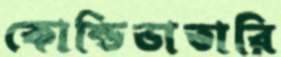
কোন্ডিভাতারি